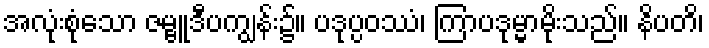
အလုံးစုံသော ဇမ္ဗူဒီပကျွန်း၌။ ပဒုပ္ပဝဿံ၊ ကြာပဒုမ္မာမိုးသည်။ နိပတိ၊